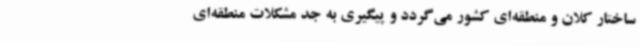
ساختار کلان و منطقه‌ای کشور می‌گردد و پیگیری به جد مشکلات منطقه‌ای